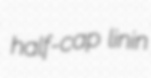
half-cap linin